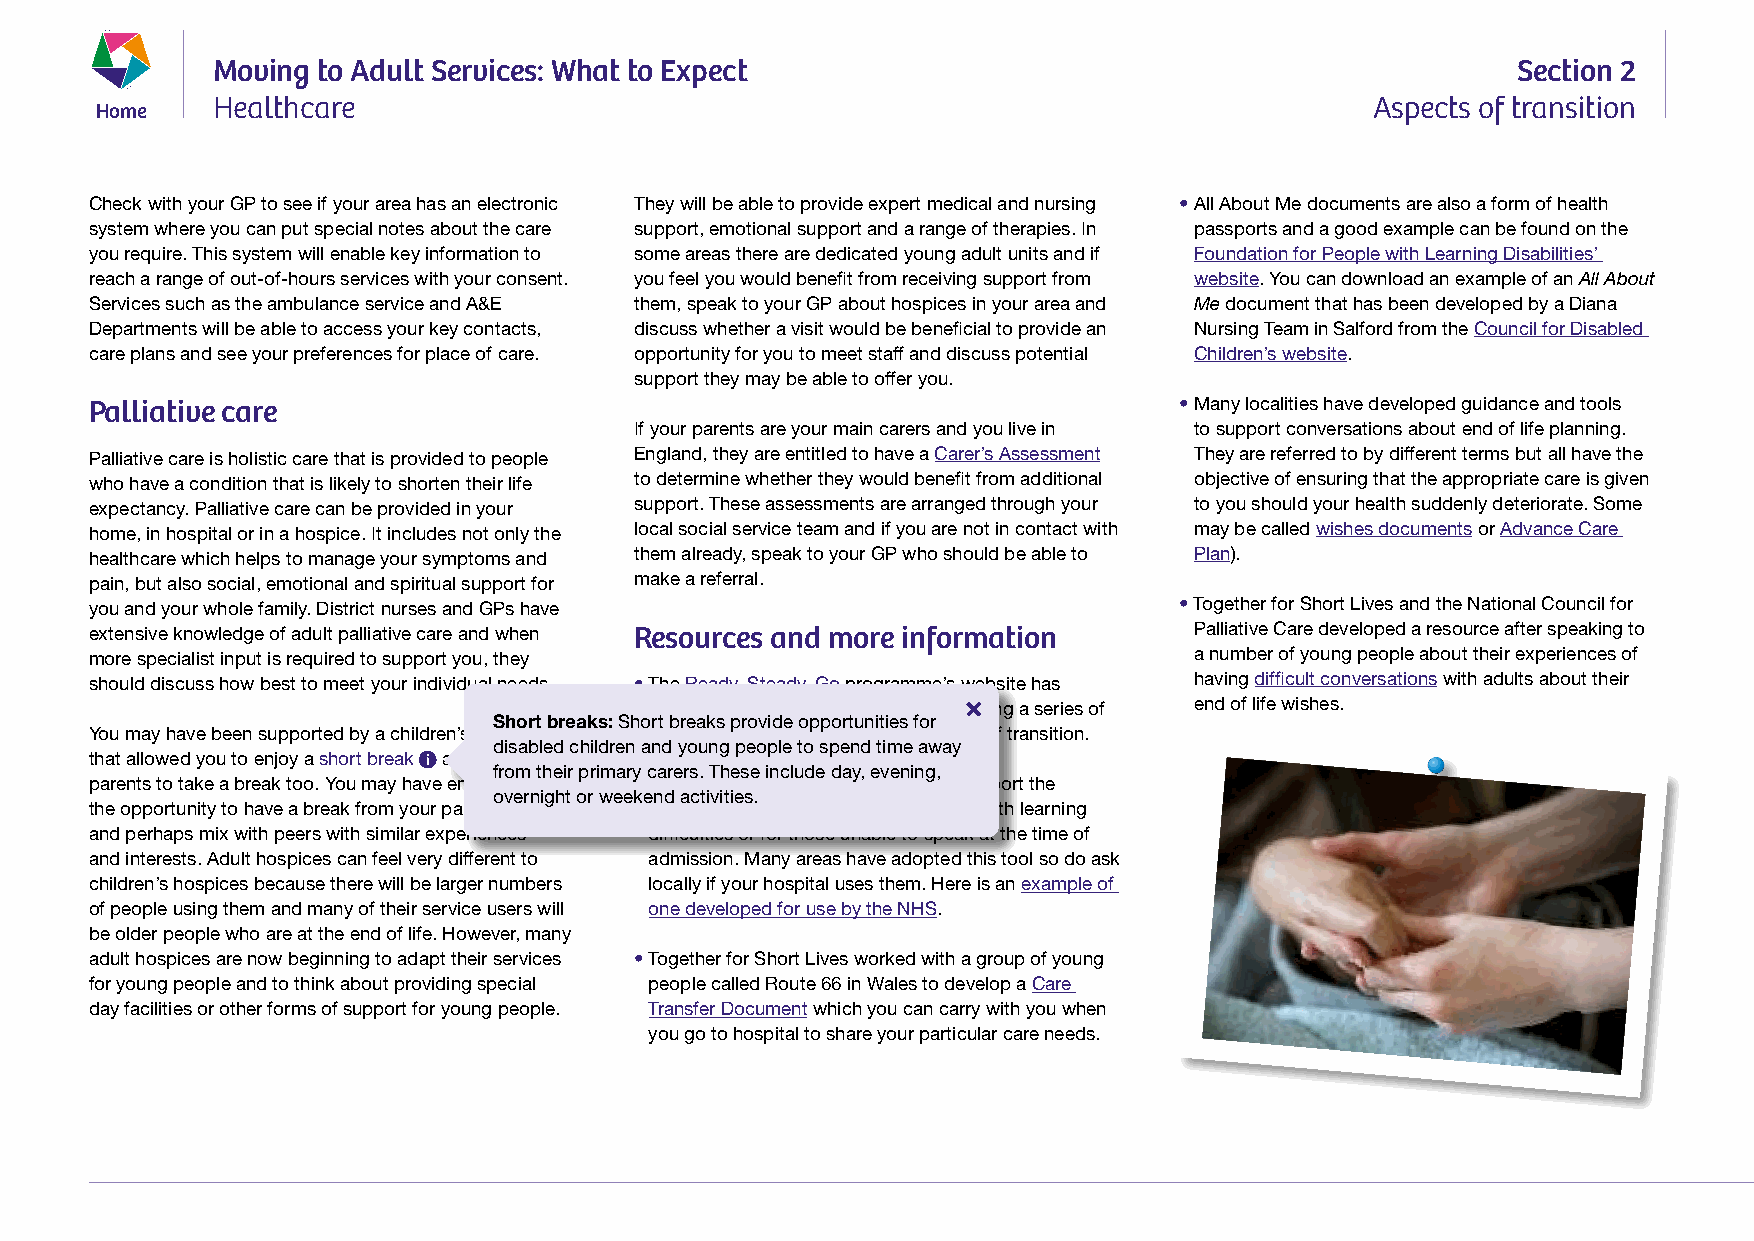
Moving to Adult Services: What to Expect                                              Section 2
 Home    Healthcare                                                                   Aspects of transition
 Check with your GP to see if your area has an electronic They will be able to provide expert medical and nursing • All About Me documents are also a form of health
 system where you can put special notes about the care support, emotional support and a range of therapies. In passports and a good example can be found on the
 you require. This system will enable key information to some areas there are dedicated young adult units and if Foundation for People with Learning Disabilities’
 reach a range of out-of-hours services with your consent. you feel you would benefit from receiving support from website. You can download an example of an All About
 Services such as the ambulance service and A&E them, speak to your GP about hospices in your area and Me document that has been developed by a Diana
 Departments will be able to access your key contacts, discuss whether a visit would be beneficial to provide an Nursing Team in Salford from the Council for Disabled
 care plans and see your preferences for place of care. opportunity for you to meet staff and discuss potential Children’s website.
 support they may be able to offer you.
 Palliative care                                                         • Many localities have developed guidance and tools
 If your parents are your main carers and you live in to support conversations about end of life planning.
 Palliative care is holistic care that is provided to people England, they are entitled to have a Carer’s Assessment They are referred to by different terms but all have the
 who have a condition that is likely to shorten their life to determine whether they would benefit from additional objective of ensuring that the appropriate care is given
 expectancy. Palliative care can be provided in your support. These assessments are arranged through your to you should your health suddenly deteriorate. Some
 home, in hospital or in a hospice. It includes not only the local social service team and if you are not in contact with may be called wishes documents or Advance Care
 healthcare which helps to manage your symptoms and them already, speak to your GP who should be able to Plan).
 pain, but also social, emotional and spiritual support for make a referral.
 you and your whole family. District nurses and GPs have                 • Together for Short Lives and the National Council for
 extensive knowledge of adult palliative care and when Resources and more information Palliative Care developed a resource after speaking to
 more specialist input is required to support you, they                   a number of young people about their experiences of
 should discuss how best to meet your individual needs. • The Ready, Steady, Go programme’s website has having difficult conversations with adults about their
 some useful information and tools including a series of end of life wishes.
 Short breaks: Short breaks provide opportunities for
 You may have been supported by a children’s hospice downloadable checklists for each stage of transition.
 disabled children and young people to spend time away
 that allowed you to enjoy a short break and give your
 from their primary carers. These include day, evening,
 parents to take a break too. You may have enjoyed • Health passports were introduced to support the
 overnight or weekend activities.
 the opportunity to have a break from your parents smooth admission to hospital for those with learning
 and perhaps mix with peers with similar experiences difficulties or for those unable to speak at the time of
 and interests. Adult hospices can feel very different to admission. Many areas have adopted this tool so do ask
 children’s hospices because there will be larger numbers locally if your hospital uses them. Here is an example of
 of people using them and many of their service users will one developed for use by the NHS.
 be older people who are at the end of life. However, many
 adult hospices are now beginning to adapt their services • Together for Short Lives worked with a group of young
 for young people and to think about providing special people called Route 66 in Wales to develop a Care
 day facilities or other forms of support for young people. Transfer Document which you can carry with you when
 you go to hospital to share your particular care needs.